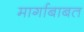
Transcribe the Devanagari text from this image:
मार्गाबाबत